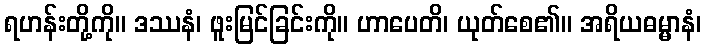
ရဟန်းတို့ကို။ ဒဿနံ၊ ဖူးမြင်ခြင်းကို။ ဟာပေတိ၊ ယုတ်စေ၏။ အရိယဓမ္မာနံ၊